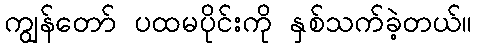
ကျွန်တော် ပထမပိုင်းကို နှစ်သက်ခဲ့တယ်။